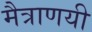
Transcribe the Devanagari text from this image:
मैत्राणयी